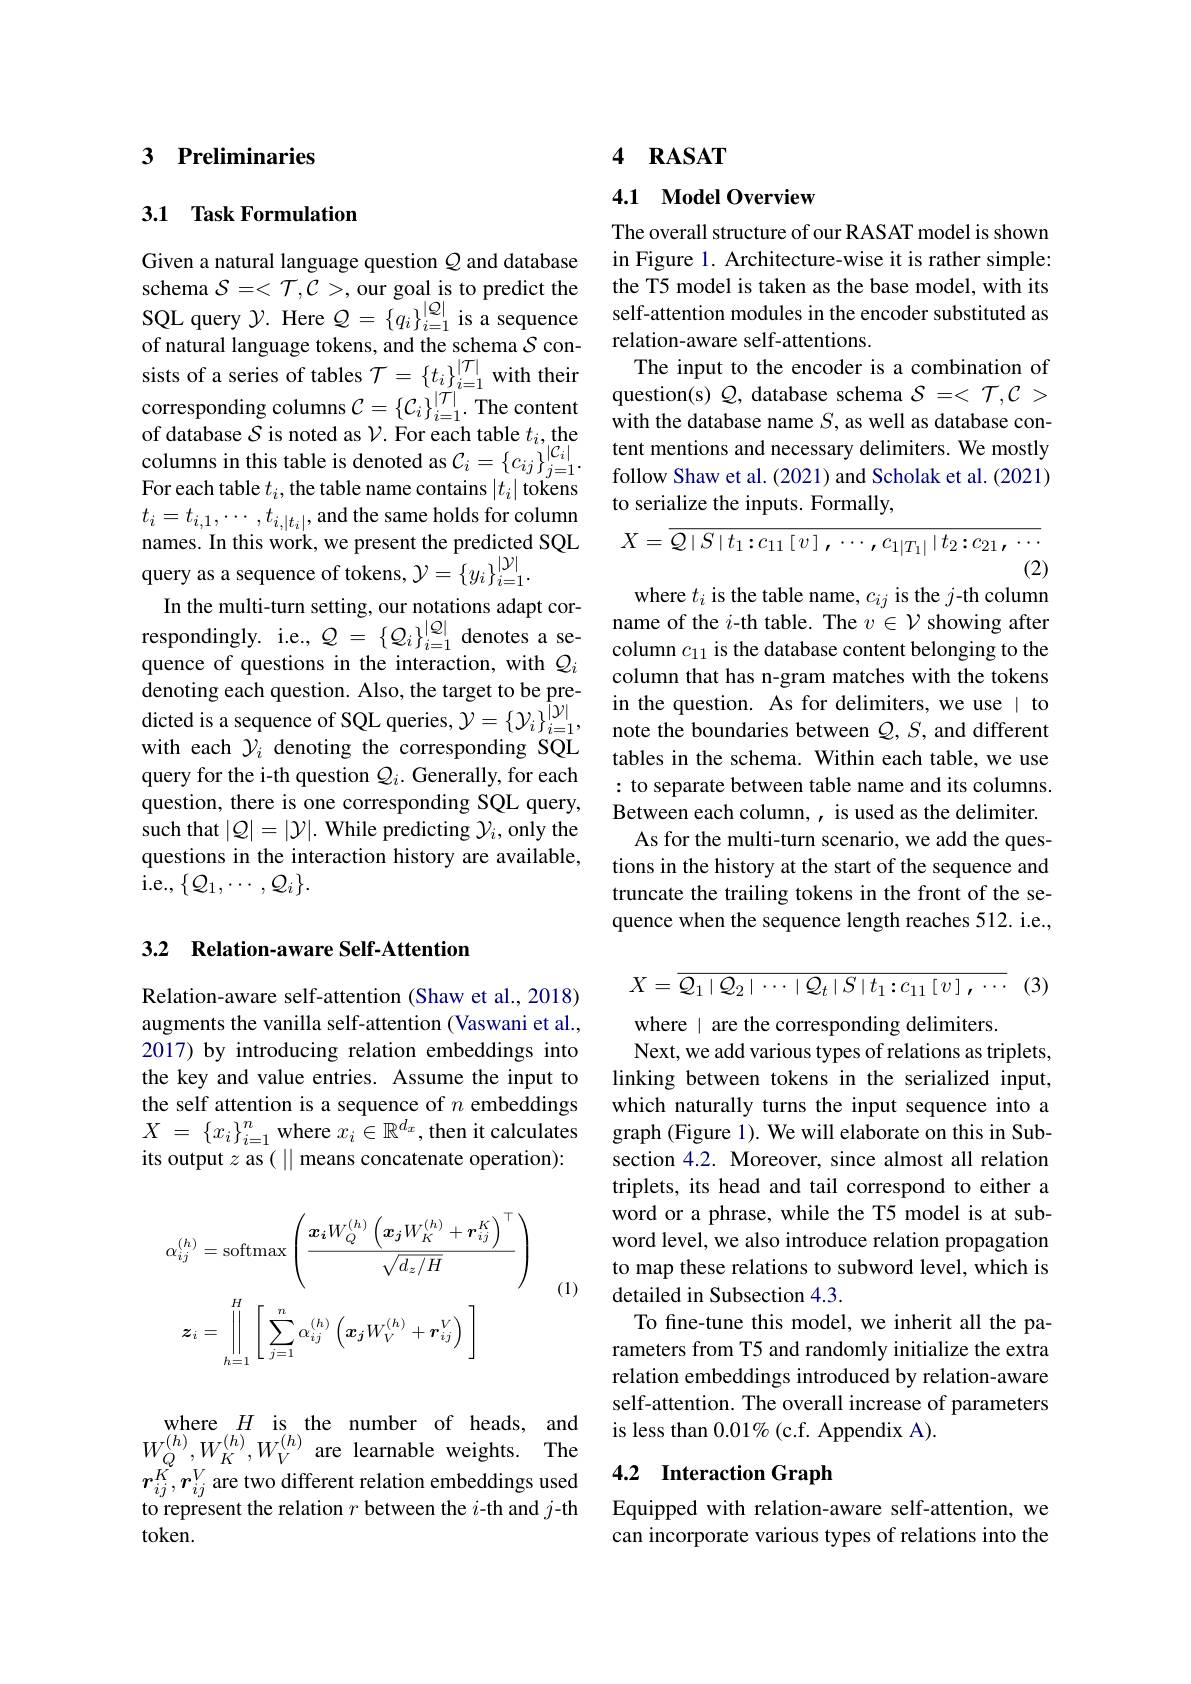
## 3 Preliminaries

### 3.1 Task Formulation

Given a natural language question $Q$ and database schema $\mathcal{S}=<\mathcal{T},\mathcal{C}>$, our goal is to predict the SQL query $\mathcal{Y}$. Here $\mathcal{Q}=\{q_i\}_i=1^{|\mathcal{Q}|}$ is a sequence of natural language tokens, and the schema $\mathcal{S}$ conFor each table $t_i$, the table name contains $|t_i|$ tokens $t_i=t_{i,1},\cdots,t_{i,|t_i|}$,and the same holds for column names. In this work, we present the predicted SQL query as a sequence of tokens, $\mathcal{Y} = \{ y_{i}\} _{i= 1}^{| \mathcal{Y} | }.$
In the multi-turn setting, our notations adapt cor-
respondingly. i.e, $Q=\left\{Q_{i}\right\}_{i=1}^{|Q|}$ denotes a se- name of the $i$- th table. The $v\in \mathcal{V}$ showing after column $c_{11}$ is the database content belonging to the
quence of questions in the interaction, with $\mathcal{Q}_i$ denoting each question. Also, the target to be predicted is a sequence of SQL with each $\mathcal{Y}_i$ denoting the corresponding SQL query for the i-th question question, there is one corresponding SQL query, such that $|Q|=|\mathcal{Y}|.$ Whil questions in the interaction i.e.,$\{\mathcal{Q}_{1},\cdots,\mathcal{Q}_{i}\}.$

### 3.2 Relation-aware Self-Atte

Relation-aware self-attentio augments the vanilla self-at 2017) by introducing relation embeddings into the key and value entries. A the self attention is a sequence of $n$ embeddings $X$ = $\{ x_{i}\} _{i= 1}^{n}$ where $x_i\in\mathbb{R}^{d_{x}}$, then it calculates its output $z$ as ( || means concatenate operation):
$$\begin{aligned}\alpha_{ij}^{(h)}&=\mathrm{softmax}\left(\frac{\boldsymbol{x}_{\boldsymbol{i}}W_{Q}^{(h)}\left(\boldsymbol{x}_{\boldsymbol{j}}W_{K}^{(h)}+\boldsymbol{r}_{ij}^{K}\right)^{\top}}{\sqrt{d_{z}/H}}\right)\\\boldsymbol{z}_{i}&=\prod_{h=1}^{H}\left[\sum_{j=1}^{n}\alpha_{ij}^{(h)}\left(\boldsymbol{x}_{j}W_{V}^{(h)}+\boldsymbol{r}_{ij}^{V}\right)\right]\end{aligned}$$
(1)

where $H$ is the number of heads, and $W_{Q}^{(h)},W_{K}^{(h)},W_{V}^{(h)}$are learnable weights. The to represent the relation $r$ between the $i$-th and $j$-th token.

### 4 $\mathbf{RASAT}$

## 4.1 Model Overview

The overall structure of our RASAT model is shown in Figure 1. Architecture-wi the T5 model is taken as the base model, with its self-attention modules in th relation-aware self-attentions.
sists of a series of tables
with the database name $S$, as well as database con-
to serialize the inputs. Formally,
$$X=\overline{\mathcal{Q}\mid S\mid t_1\colon c_{11}\left[\:v\:\right],\cdots,c_{1\mid T_1\mid}\mid t_2\colon c_{21},\cdots}$$
(2)

where $t_i$ is the table name, $c_ij$ is the $j$-th column column $c_{11}$ is the datab column that has n-gram matches with the tokens in the question. As for delimiters, we use | to note the boundaries between $Q,S$, and different tables in the schema. Within each table, we use : to separate between table name and its columns. Between each column, , is used as the delimiter.
As for the multi-turn scenario, we add the questions in the history at the start of the sequence and truncate the trailing tokens in the front of the sequence when the sequence length reaches 512. i.e.,

(3)
$$X=\overline{\mathcal{Q}_1\mid\mathcal{Q}_2\mid\cdots\mid\mathcal{Q}_t\mid S\mid t_1:c_{11}\left[v\right],\cdots}$$
where | are the corresponding delimiters.
Next, we add various types of relations as triplets, linking between tokens in the serialized input, which naturally turns the input sequence into a graph (Figure 1). We will elaborate on this in Subsection 4.2. Moreover, since almost all relation triplets, its head and tail correspond to either a word or a phrase, while the T5 model is at subword level, we also introduce relation propagation to map these relations to subword level, which is detailed in Subsection 4.3.
To fine-tune this model, we inherit all the parameters from T5 and randomly initialize the extra relation embeddings introduced by relation-aware self-attention. The overall increase of parameters is less than $0.01\%$ (c.f. Appendix A).

# $r_{ij}^{K},r_{ij}^{V}$are two different relation embeddings used 4.2 Interaction Graph

Equipped with relation-aware self-attention, we can incorporate various types of relations into the